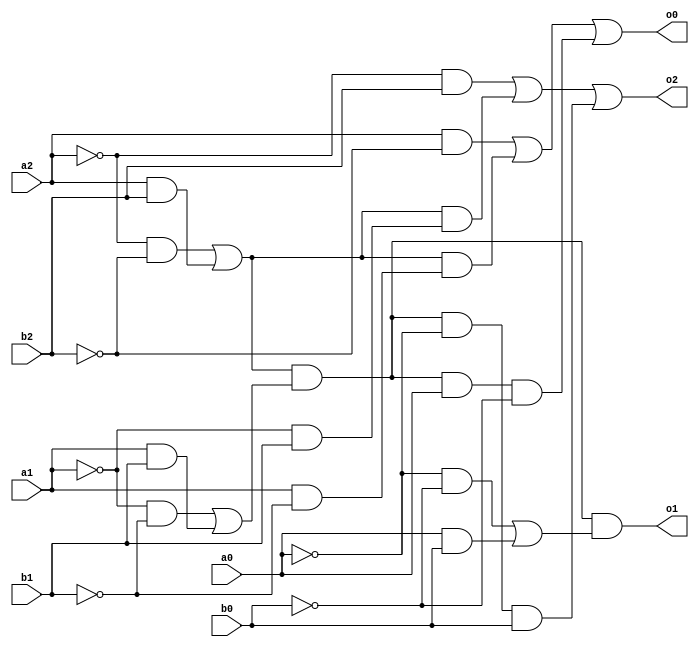
// implementation of signed and unsgned comparator
module unsigned_comparator(o2,o1,o0, a2, a1, a0, b2, b1, b0);
input a2,a1,a0,b2,b1,b0;
output o2,o1,o0;
assign o1 = ((~a2 & ~b2) | (a2 & b2)) & ((~a1 & ~b1) | a1 & b1) & (~a0 & ~b0 | a0 & b0); // A=B
assign o0 = (a2 & ~b2) | (((~a2&~b2) | (a2&b2) )&(a1&~b1)) | ( ( (~a2&~b2) | (a2&b2) ) &((~a1&~b1) | (a1 &b1))& a0&~b0);// A>B
assign o2 = (~a2 & b2) | (((~a2&~b2) | (a2&b2) )&(~a1&b1)) | ( ( (~a2&~b2) | (a2&b2) ) &((~a1&~b1) | (a1 &b1))& ~a0&b0);// A<B
//if ({a2,a1,a0} > {b2,b1,b0}) begin
//	o0 = 1;
//end 
//else if ({a2,a1,a0} == {b2,b1,b0})begin
//	o1 =1;
//end else
//	o2 =1;

endmodule

module tb_unsigned_comparator;
reg a2,a1,a0,b2,b1,b0;
wire o2,o1,o0;
unsigned_comparator comp(o2,o1,o0, a2,a1,a0, b2,b1,b0);
initial
begin 
{a2,a1,a0, b2,b1,b0}=6'b0;
repeat(200)
#30 {a2,a1,a0, b2,b1,b0}={a2,a1,a0, b2,b1,b0}+1'b1;
end
endmodule


module signed_comparator3Bit(input [2:0] a, b,output reg[2:0] o);

always @(a,b)
begin
    if (a==b) begin 
        o = 3'b010;
	end
    else begin
	if (a[2]==b[2] && a[2]==1) begin
		if (a < b)
        		o = 3'b001;
		else
			o = 3'b100;
	end
    	if (a[2]==b[2] && a[2]==0) begin
		if (a < b)
        		o = 3'b100;
		else
			o = 3'b001;
	end
	end
        
end
endmodule

module tb_signed_comparator;
reg [2:0]a,b;
wire [2:0]o;
signed_comparator3Bit comp(a, b, o);
initial
begin 
{a,b}=6'b0;
repeat(200)
#30 {a,b}={a,b}+1'b1;
end
endmodule